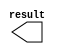
// megafunction wizard: %LPM_CONSTANT%VBB%
// GENERATION: STANDARD
// VERSION: WM1.0
// MODULE: lpm_constant 

// ============================================================
// Megafunction Name(s):
// 			lpm_constant
//
// Simulation Library Files(s):
// 			
// ============================================================
// ************************************************************
// THIS IS A WIZARD-GENERATED FILE. DO NOT EDIT THIS FILE!
//
// 8.1 Build 163 10/28/2008 SJ Full Version
// ************************************************************

//Copyright (C) 1991-2008 Altera Corporation
//Your use of Altera Corporation's design tools, logic functions 
//and other software and tools, and its AMPP partner logic 
//functions, and any output files from any of the foregoing 
//(including device programming or simulation files), and any 
//associated documentation or information are expressly subject 
//to the terms and conditions of the Altera Program License 
//Subscription Agreement, Altera MegaCore Function License 
//Agreement, or other applicable license agreement, including, 
//without limitation, that your use is for the sole purpose of 
//programming logic devices manufactured by Altera and sold by 
//Altera or its authorized distributors.  Please refer to the 
//applicable agreement for further details.

module lpm_constant0_udal (
	result)/* synthesis synthesis_clearbox = 1 */;

	output	[31:0]  result;

endmodule

// ============================================================
// CNX file retrieval info
// ============================================================
// Retrieval info: PRIVATE: INTENDED_DEVICE_FAMILY STRING "FLEX10K"
// Retrieval info: PRIVATE: JTAG_ENABLED NUMERIC "0"
// Retrieval info: PRIVATE: JTAG_ID STRING "NONE"
// Retrieval info: PRIVATE: Radix NUMERIC "16"
// Retrieval info: PRIVATE: SYNTH_WRAPPER_GEN_POSTFIX STRING "1"
// Retrieval info: PRIVATE: Value NUMERIC "187881690"
// Retrieval info: PRIVATE: nBit NUMERIC "32"
// Retrieval info: CONSTANT: LPM_CVALUE NUMERIC "187881690"
// Retrieval info: CONSTANT: LPM_HINT STRING "ENABLE_RUNTIME_MOD=NO"
// Retrieval info: CONSTANT: LPM_TYPE STRING "LPM_CONSTANT"
// Retrieval info: CONSTANT: LPM_WIDTH NUMERIC "32"
// Retrieval info: USED_PORT: result 0 0 32 0 OUTPUT NODEFVAL result[31..0]
// Retrieval info: CONNECT: result 0 0 32 0 @result 0 0 32 0
// Retrieval info: LIBRARY: lpm lpm.lpm_components.all
// Retrieval info: GEN_FILE: TYPE_NORMAL lpm_constant0_udal.v TRUE
// Retrieval info: GEN_FILE: TYPE_NORMAL lpm_constant0_udal.inc FALSE
// Retrieval info: GEN_FILE: TYPE_NORMAL lpm_constant0_udal.cmp FALSE
// Retrieval info: GEN_FILE: TYPE_NORMAL lpm_constant0_udal.bsf TRUE FALSE
// Retrieval info: GEN_FILE: TYPE_NORMAL lpm_constant0_udal_inst.v FALSE
// Retrieval info: GEN_FILE: TYPE_NORMAL lpm_constant0_udal_bb.v TRUE
// Retrieval info: GEN_FILE: TYPE_NORMAL lpm_constant0_udal_syn.v TRUE